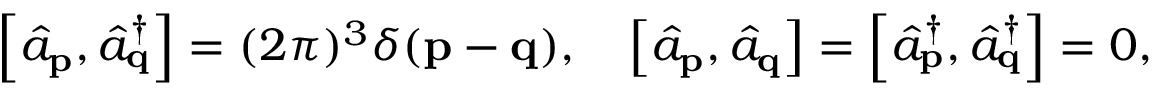
\left[ { \hat { a } } _ { \mathbf { p } } , { \hat { a } } _ { \mathbf { q } } ^ { \dagger } \right] = ( 2 \pi ) ^ { 3 } \delta ( \mathbf { p } - \mathbf { q } ) , \quad \left[ { \hat { a } } _ { \mathbf { p } } , { \hat { a } } _ { \mathbf { q } } \right] = \left[ { \hat { a } } _ { \mathbf { p } } ^ { \dagger } , { \hat { a } } _ { \mathbf { q } } ^ { \dagger } \right] = 0 ,